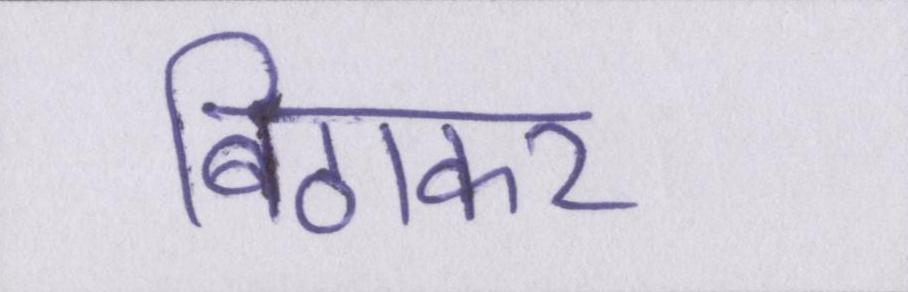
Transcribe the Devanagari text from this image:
बिठाकर